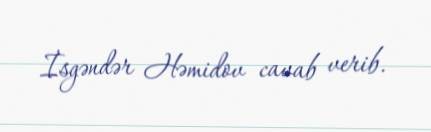
İsgəndər Həmidov cavab verib.